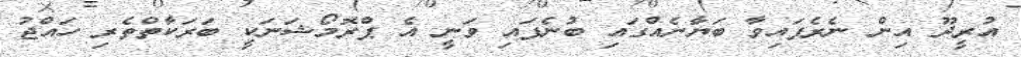
އުރީދޫ އިން ނެރެފައިވާ ބަޔާނެއްގައި ބުނެފައި ވަނީ އެ ޕްރޮމޯޝަނަކީ ބަރަކާތްތެރި ހައްޖު